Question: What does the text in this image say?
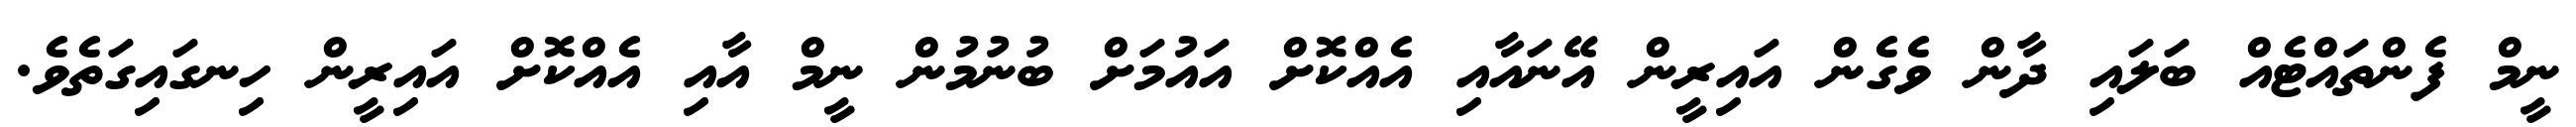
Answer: ނީމް ފެންތައްޓެއް ބަލައި ދާން ވެގެން އައިރީން އޭނައާއި އެއްކޮށް އައުމަށް ބުނުމުން ނީމް އާއި އެއްކޮށް އައިރީން ހިނގައިގަތެވެ.